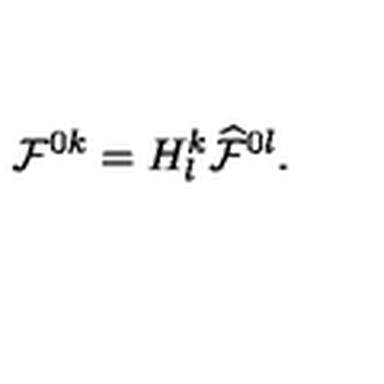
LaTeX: { \cal F } ^ { 0 k } = H _ { l } ^ { k } { \cal \widehat { F } } ^ { 0 l } .